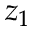
z _ { 1 }